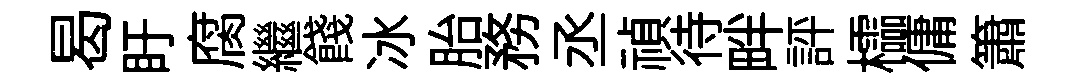
曷盱腐繼餞冰胎務丞禎待畔評櫺傭簫